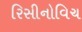
રિસીનોવિચ